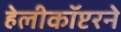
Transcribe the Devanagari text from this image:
हेलीकॉप्टरने